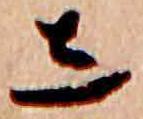
し